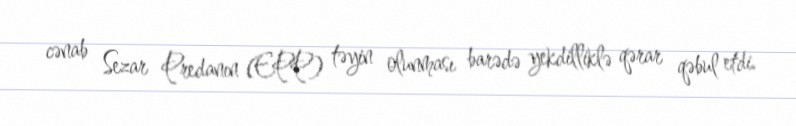
cənab Sezar Predanın (EPP) təyin olunması barədə yekdilliklə qərar qəbul etdi.